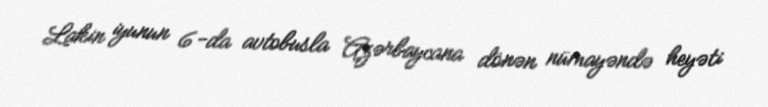
Lakin iyunun 6-da avtobusla Azərbaycana dönən nümayəndə heyəti